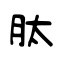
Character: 肽